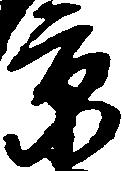
京